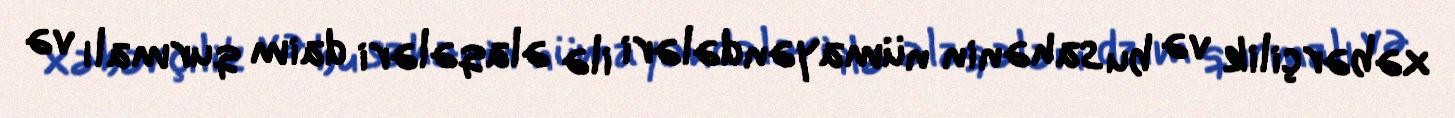
xəbərçilik və bu sahənin nümayəndələri ilə əlaqələri daim qurmalı və